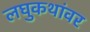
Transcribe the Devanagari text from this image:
लघुकथांवर